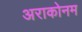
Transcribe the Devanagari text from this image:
अराकोनम